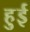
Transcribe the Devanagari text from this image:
हुुई